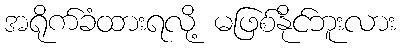
အရိုက်ခံထားရလို့ မဖြစ်နိုင်ဘူးလား